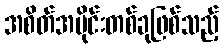
အစိတ်အပိုင်းတစ်ခုဖြစ်သည့်